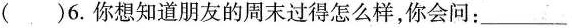
( )6. 你想知道朋友的周末过得怎么样,你会问:___